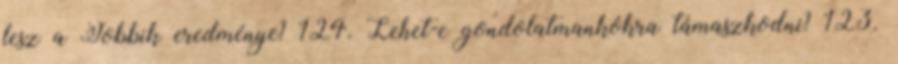
lesz a Jobbik eredménye? 124. Lehet-e gondolatmankókra támaszkodni? 123.